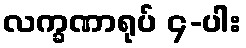
လက္ခဏာရုပ် ၄-ပါး